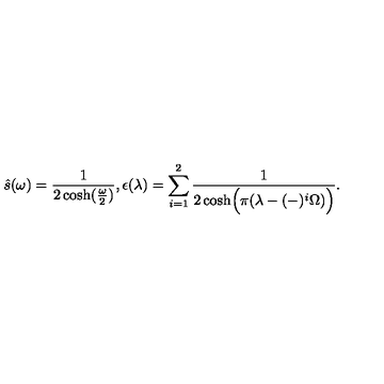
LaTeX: \hat { s } ( \omega ) = { \frac { 1 } { 2 \cosh ( { \frac { \omega } { 2 } } ) } } , \epsilon ( \lambda ) = \sum _ { i = 1 } ^ { 2 } { \frac { 1 } { 2 \cosh \Bigl ( \pi ( \lambda - ( - ) ^ { i } \Omega ) \Bigr ) } } .